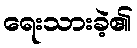
ရေးသားခဲ့၏